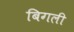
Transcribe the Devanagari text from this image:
बिगली